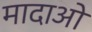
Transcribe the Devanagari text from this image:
मादाओ